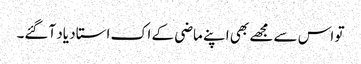
تو اس سے مجھے بھی اپنے ماضی کے اک استاد یاد آگئے۔